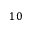
1 0